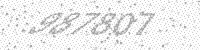
Solution: 987807